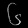
Digit: ၆